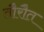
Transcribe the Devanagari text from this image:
तौरौत